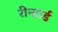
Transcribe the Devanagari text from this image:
रीन्हार्ड